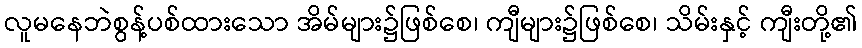
လူမနေဘဲစွန့်ပစ်ထားသော အိမ်များ၌ဖြစ်စေ၊ ကျီများ၌ဖြစ်စေ၊ သိမ်းနှင့် ကျီးတို့၏